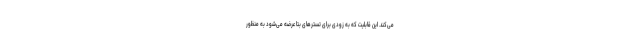
می‌کند. این قابلیت که به زودی برای تستر‌های بتا عرضه می‌شود به منظور